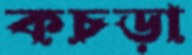
কচড়া